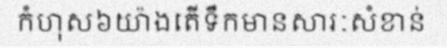
កំហុស៦យ៉ាងតើទឹកមានសារៈសំខាន់